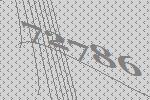
72786